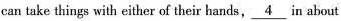
can take things with either of heir hands,\underline{4} in about